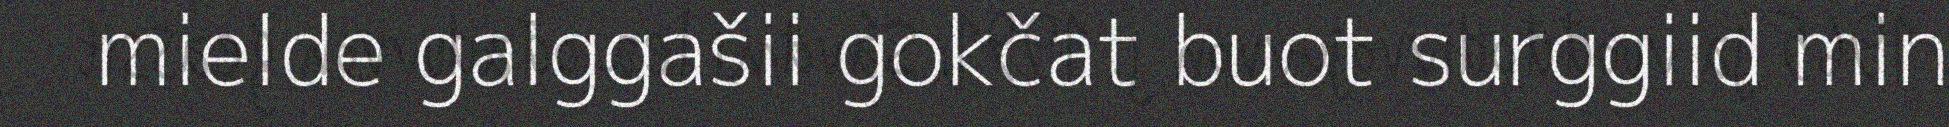
mielde galggašii gokčat buot surggiid min